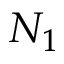
N _ { 1 }